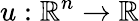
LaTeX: u:\mathbb{R}^{n}\to\mathbb{R}